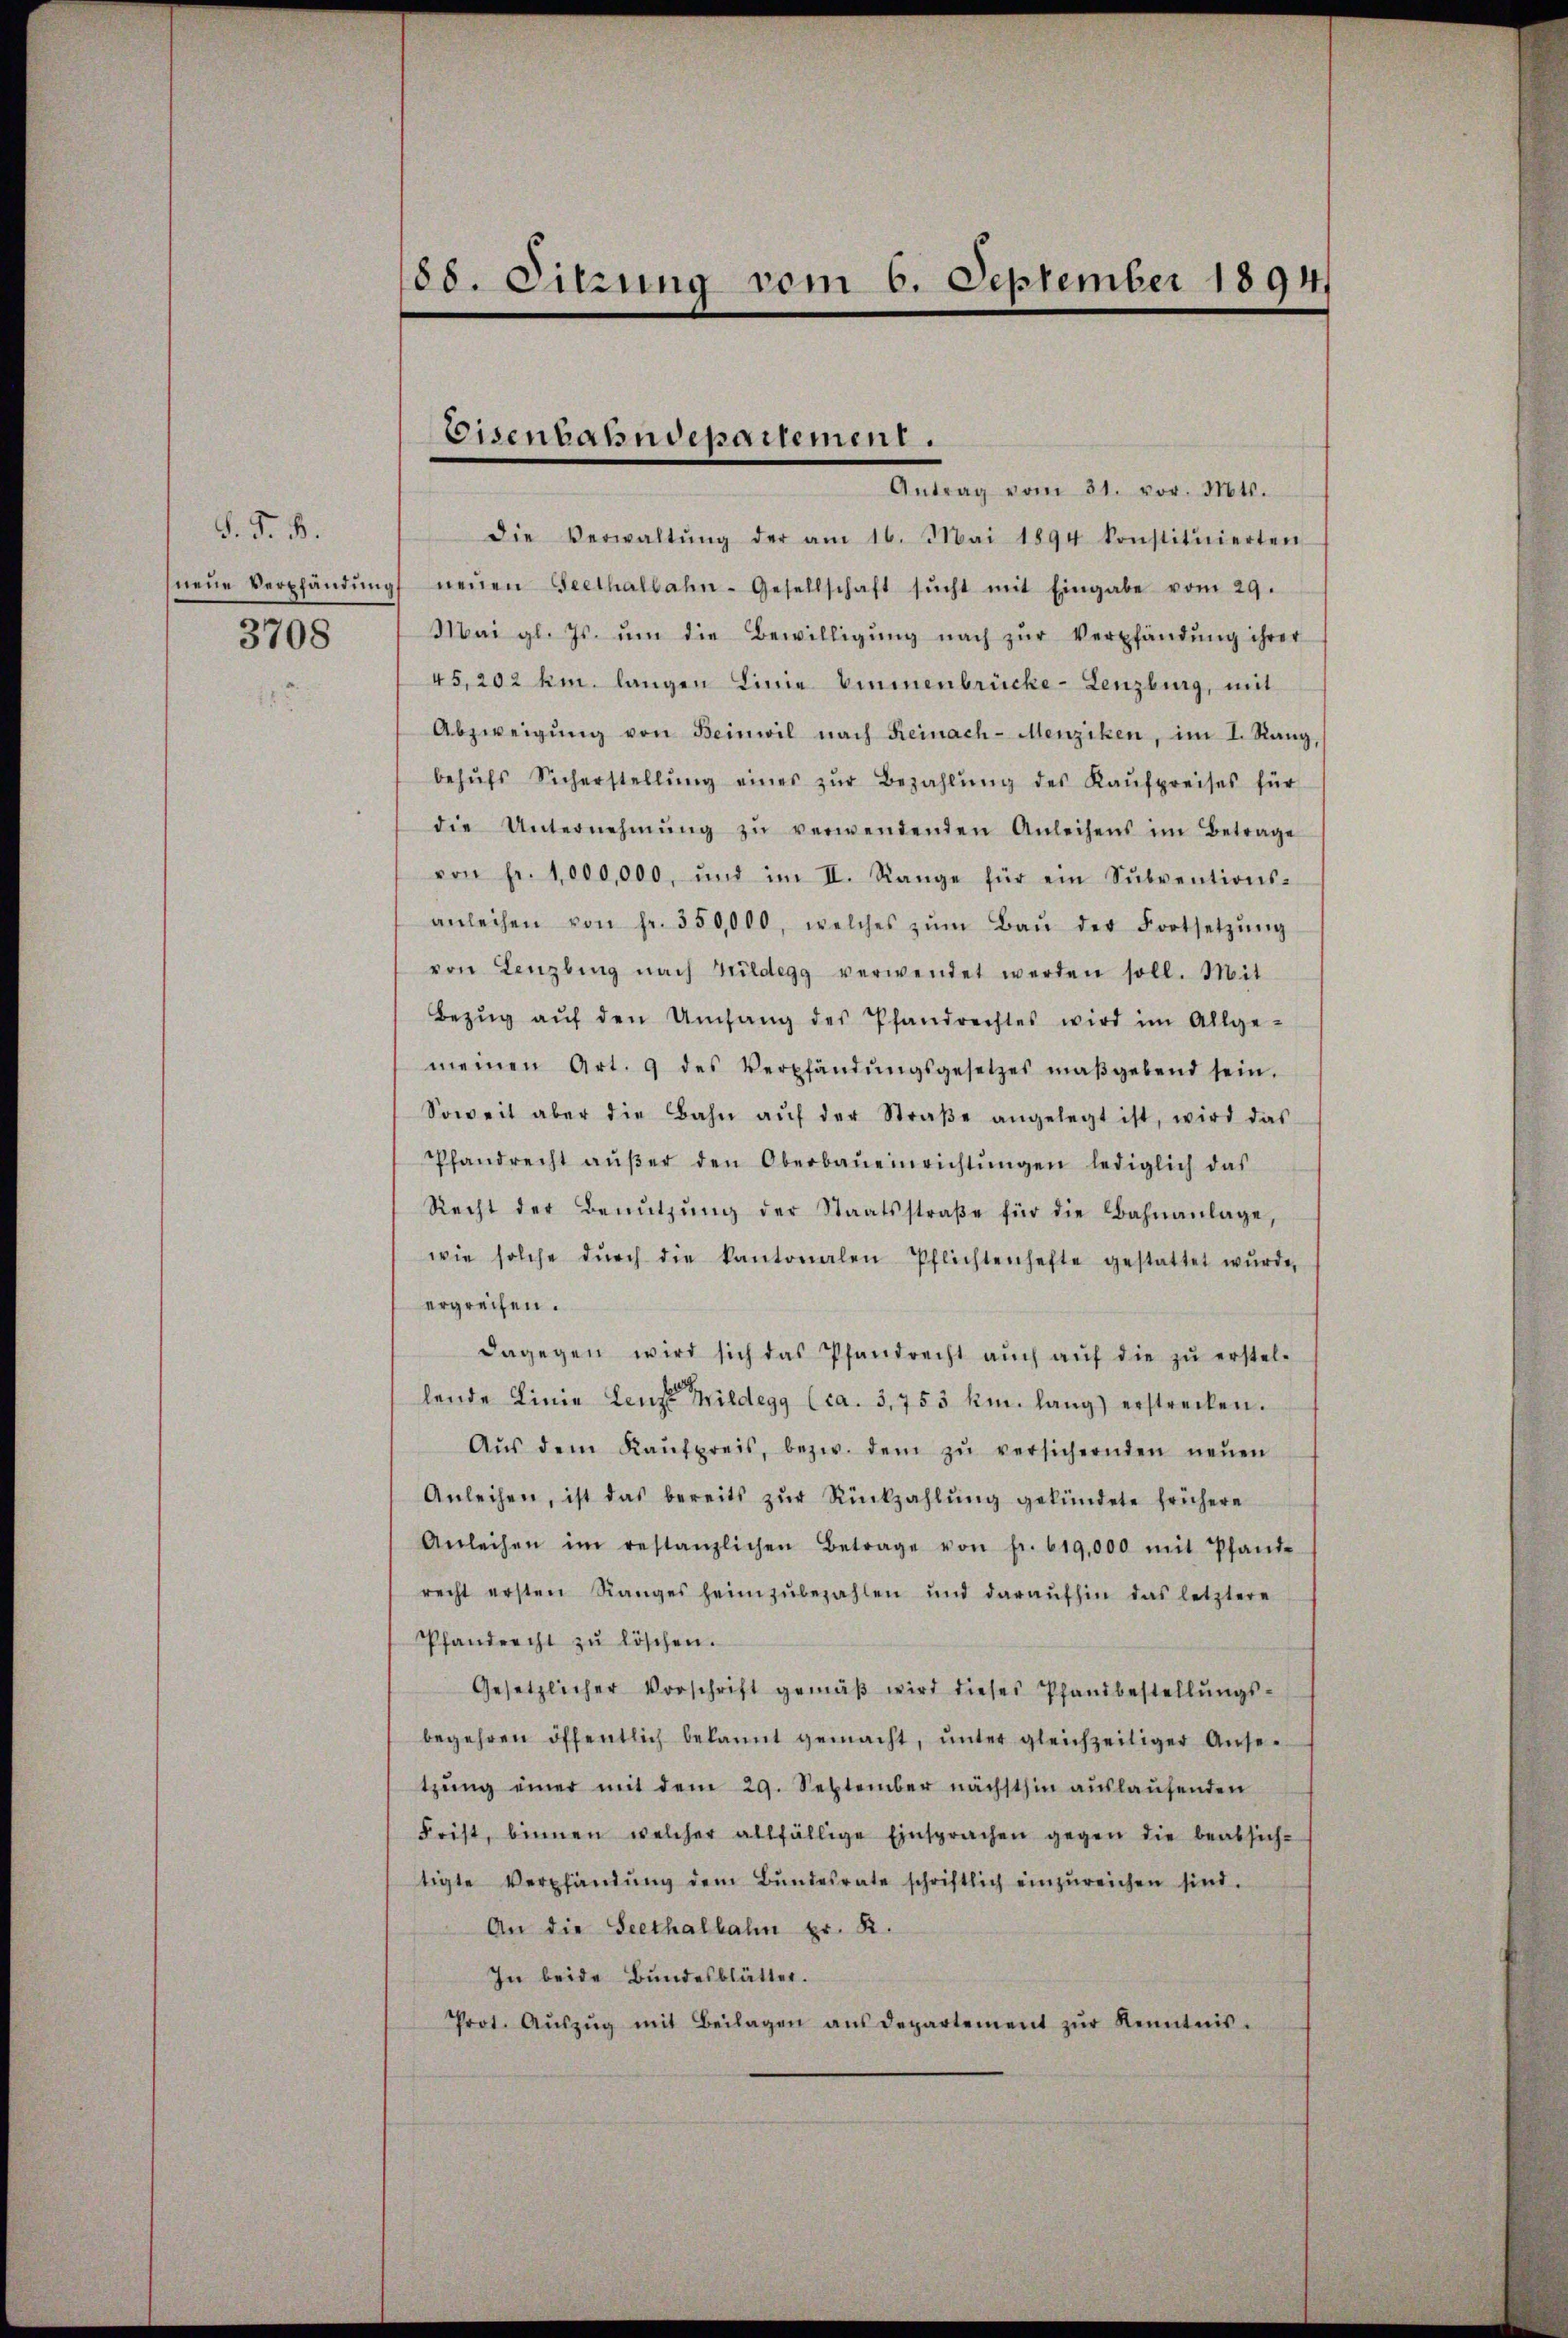
§. F. B.
3708

Antrag vom 31. vor. Mts.
die Verwaltŭng der am 16. Mai 1894 konstituierten
neŭe Verpfändŭng neŭen Seethalbahn-Gesellschaft sŭcht mit Eingabe vom 29.
Mai gl. Js. ŭm die Bewilligŭng nach zŭr Verpfändung ihrer
45, 202 km. langen Linie binnenbrücke - Lenzburg, mit
Abzweigŭng von Beinwil nach Reinach-Menziken, im I. Rang,
behŭfs Sicherstellŭng eines zŭr Bezahlŭng des Kaŭfpreises für
die Unternehmung zŭ verwendenden Anleihens im Betrage
von fr. 1,000,000, und im II. Range für ein Sŭbventions-
anleihen von fr. 350,000, welches zŭm Baŭ der Fortsetzŭng
von Lenzbing nach Guldegg verwendet werden soll. Mit
Bezŭg aŭf den Umfang des Pfandrechtes wird im Allge-
meinen Art. 9 des Verpfändŭngsgesetzes maβgebend sein.
Soweit aber die Bahn aŭf der Straβe angelegt ist, wird das
Pfandrecht aŭβer den Oberbaŭeinrichtŭngen lediglich das
Recht der Benŭtzŭng der Staatsstraβe für die Bahnanlage,
wie solche dŭrch die kantonalen Pflichtenhefte gestattet wŭrde,
ergreifen.
dagegen wird sich das Pfandrecht aŭch aŭf die zŭ erstel-
lende Linie Lenze Mildegg (ca. 3,753 km. lang) erstrecken.
Aŭs dem Kaŭfpreis, bezw. dem zŭ versichernden neŭen
Anleihen, ist das bereits zŭr Rückzahlŭng gekündete frühere
Anleihen im restanzlichen Betrage von fr. 619,000 mit Pfand-
recht ersten Ranges heimzŭbezahlen und daraufhin das letztere
Pfandrecht zŭ löschen.
Gesetzlicher Vorschrift gemäβ wird dieses Pfandbestellŭngs-
begehren öffentlich bekannt gemacht, ŭnter gleichzeitiger Anse-
tzung einer mit dem 29. September nächsthin auslaufenden
Frist, binnen welcher allfällige Einsprachen gegen die beabsich-
tigte Verpfändŭng dem Bŭndesrate schriftlich einzŭreichen sind.
An die Seethalbahn pr. R.
In beide Bundesblätter.
Prot. Aŭszŭg mit Beilagen aŭs departement zŭr Kenntnis-

188. Sitzung vom 6. September 1894.

Eisenbahndepartement.